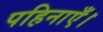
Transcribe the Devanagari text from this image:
पहिनाएँ।